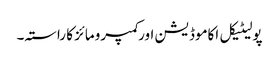
پولیٹیکل اکاموڈیشن اور کمپرومائز کا راستہ۔